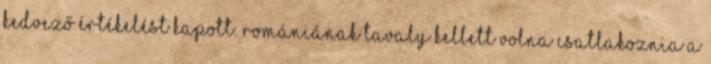
kedvező értékelést kapott. Romániának tavaly kellett volna csatlakoznia a